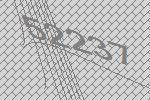
52237